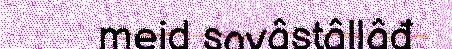
meid savâstâllâđ